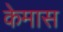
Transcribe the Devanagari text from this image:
केमास